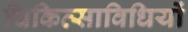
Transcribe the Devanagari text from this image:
चिकित्साविधियों